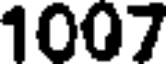
1007